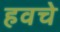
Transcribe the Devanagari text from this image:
हवचे